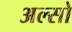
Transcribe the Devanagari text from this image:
अल्सो